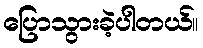
ပြောသွားခဲ့ပါတယ်။